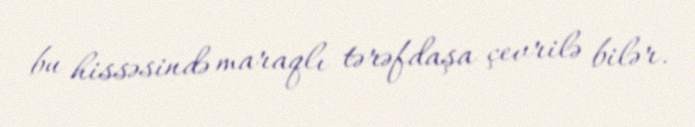
bu hissəsində maraqlı tərəfdaşa çevrilə bilər.